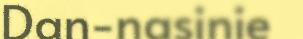
Dan-nasinie